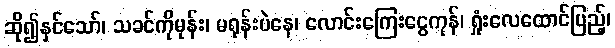
ဆို၍နှင်သော်၊ သခင်ကိုမုန်း၊ မရုန်းပဲနေ၊ လောင်းကြေးငွေကုန်၊ ရှုံးလေထောင်ပြည့်၊